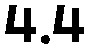
4.4